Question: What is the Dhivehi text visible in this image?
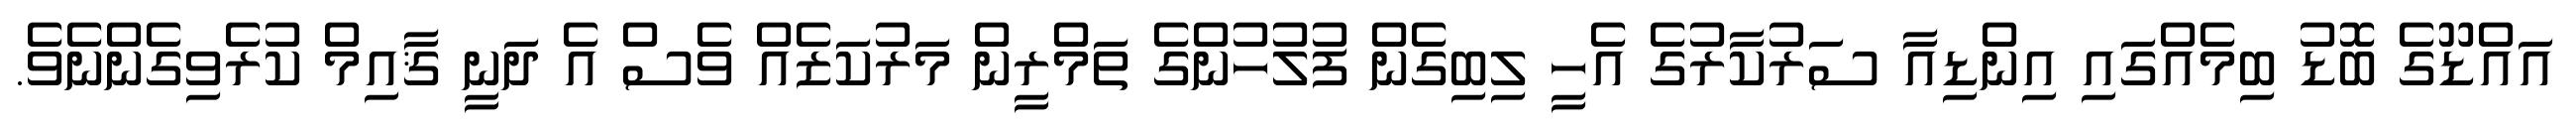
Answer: އައްޑޫގެ ބޮޑު ބިމެއްގައި އިންޑިއާ ސަރުކާރުގެ އެހީ ލިބިގެން ފުލުހުންގެ ތަމްރީން މަރުކަޒެއް ވެސް އެ ދަނީ ޤާއިމް ކުރެވިގެންނެވެ.